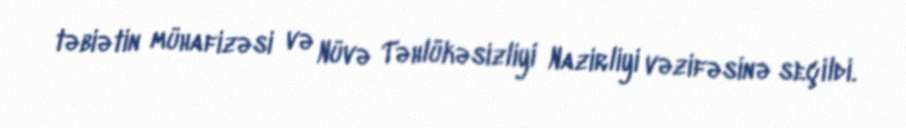
təbiətin mühafizəsi və Nüvə Təhlükəsizliyi Nazirliyi vəzifəsinə seçildi.